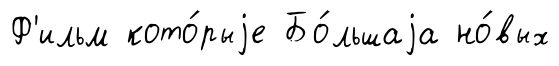
Ф'ильм кото́рыjе Бо́льшаjа но́вых